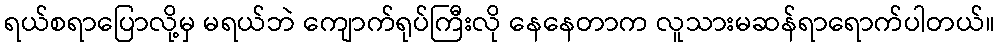
ရယ်စရာပြောလို့မှ မရယ်ဘဲ ကျောက်ရုပ်ကြီးလို နေနေတာက လူသားမဆန်ရာရောက်ပါတယ်။